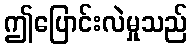
ဤပြောင်းလဲမှုသည်